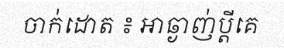
ចាក់ដោត ៖ អាឆ្ងាញ់ប្តីគេ